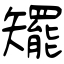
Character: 矲